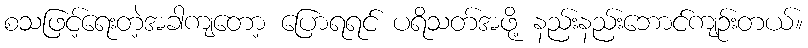
စသဖြင့်ရေးတဲ့အခါကျတော့ ပြောရရင် ပရိသတ်အဖို့ နည်းနည်းဘောင်ကျဉ်းတယ်။